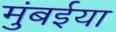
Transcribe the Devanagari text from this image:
मुंबईया